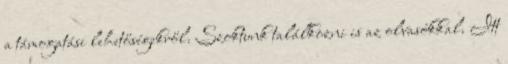
a támogatási lehetőségekről. Szoktunk találkozni is az olvasókkal. Itt